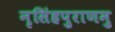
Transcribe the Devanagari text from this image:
नृसिंहपुराणमु